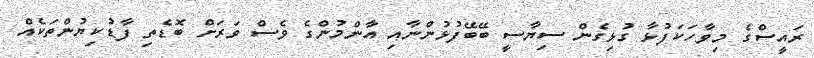
ރައީސްގެ މިވާހަކަފުޅާ ގުޅިގެން ސިޔާސީ ބޭބޭފުޅުންނާއި އާންމުންގެ ވެސް ވަރަށް ބޮޑެތި ފާޑުކިޔުންތަކެއް